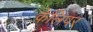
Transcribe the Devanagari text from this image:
केलिपर